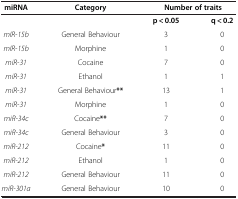
| miRNA | Category | <COLSPAN=2> Number of traits |
 | --- | --- | --- | --- |
 |  |  | p < 0.05 | q < 0.2 |
 | mIR-15b | General Behaviour | 3 | 0 |
 | mIR-15b | Morphine | 1 | 0 |
 | miR-31 | Cocaine | 7 | 0 |
 | miR-31 | Ethanol | 1 | 1 |
 | miR-31 | General Behaviour** | 13 | 1 |
 | miR-31 | Morphine | 1 | 0 |
 | miR-34c | Cocaine** | 7 | 0 |
 | miR-34c | General Behaviour | 3 | 0 |
 | miR-212 | Cocaine* | 11 | 0 |
 | miR-212 | Ethanol | 1 | 0 |
 | miR-212 | General Behaviour | 11 | 0 |
 | miR-301a | General Behaviour | 10 | 0 |